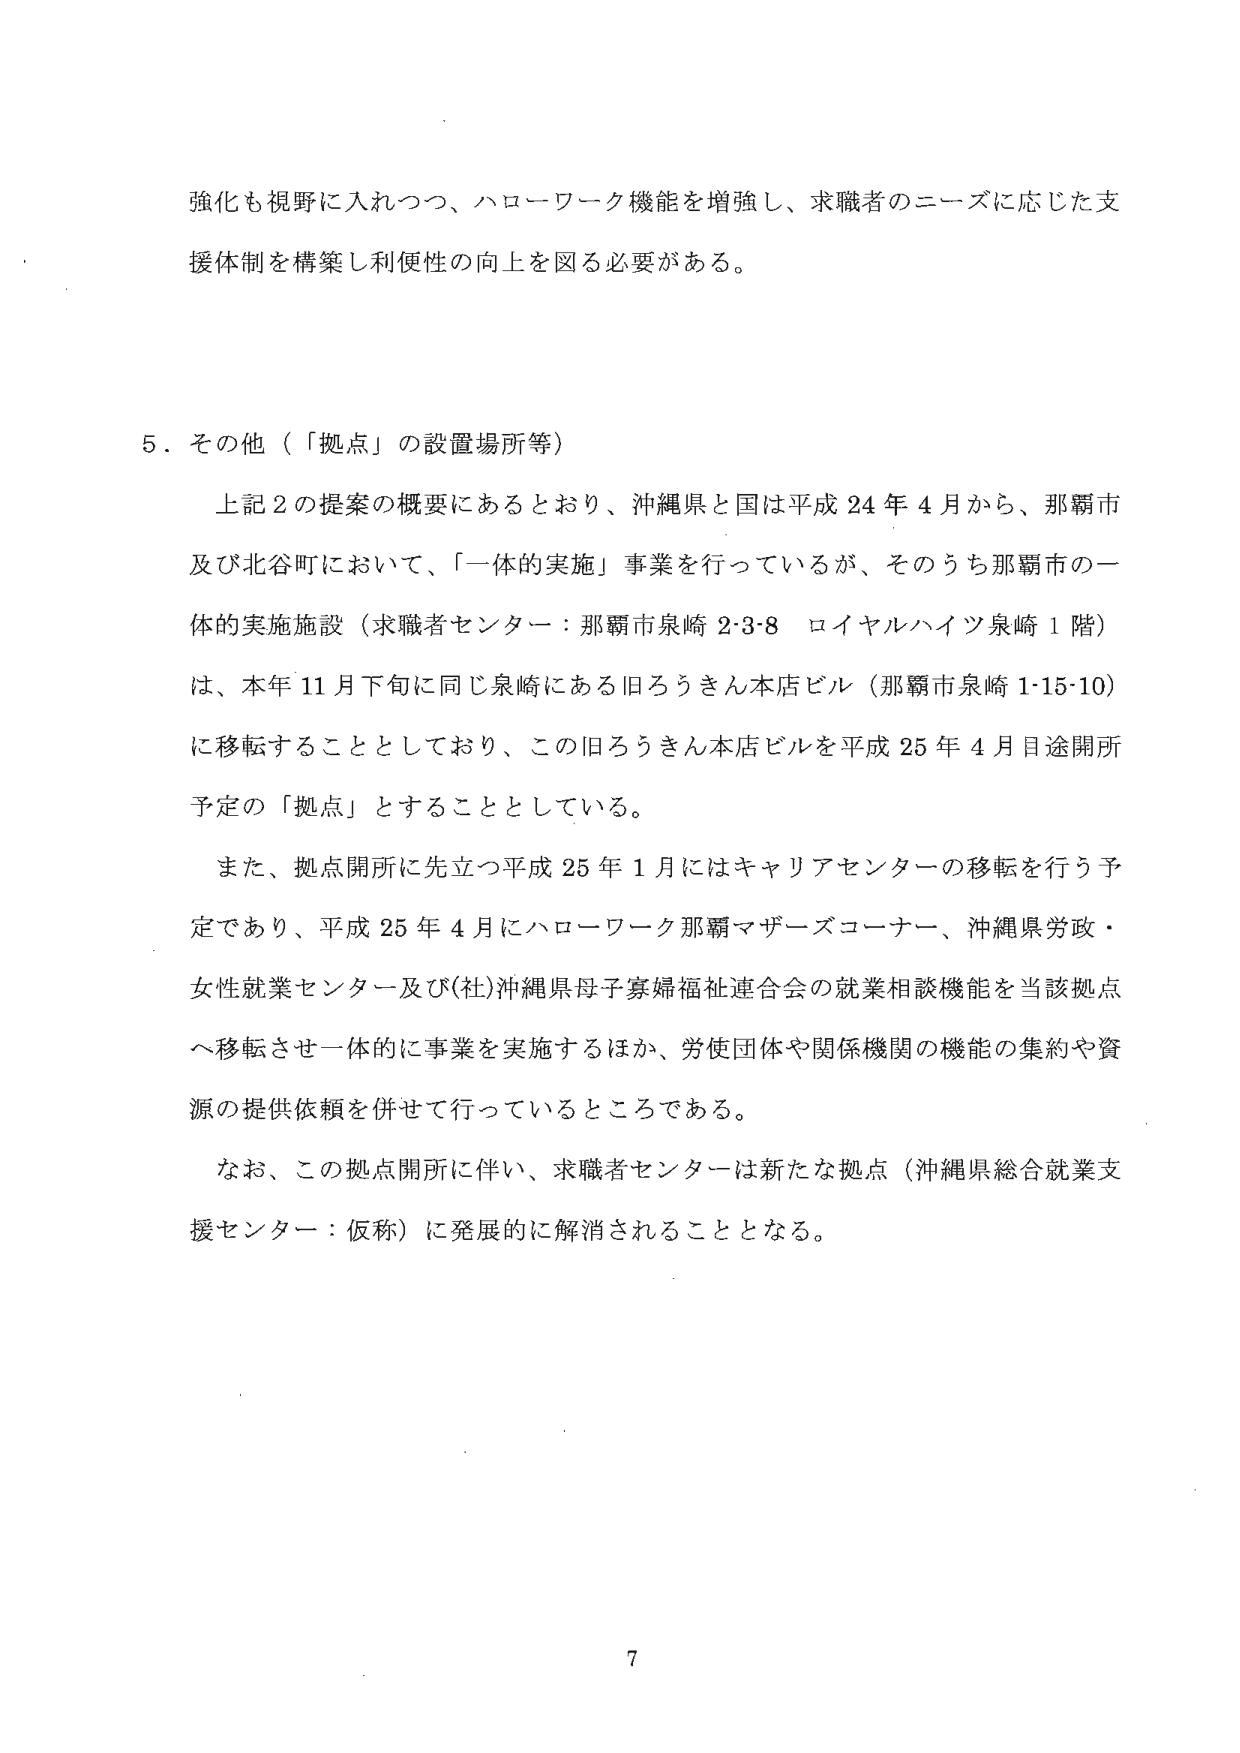
強化も視野に入れつつ、ハローワーク機能を増強し、求職者のニーズに応じた支援体制を構築し利便性の向上を図る必要がある。

５．その他（「拠点」の設置場所等）

上記２の提案の概要にあるとおり、沖縄県と国は平成24年４月から、那覇市及び北谷町において、「一体的実施」事業を行っているが、そのうち那覇市の一体的実施施設（求職者センター：那覇市泉崎2-3-8 ロイヤルハイツ泉崎1階）は、本年11月下旬に同じ泉崎にある旧ろうきん本店ビル（那覇市泉崎1-15-10）に移転することとしており、この旧ろうきん本店ビルを平成25年４月目途開所予定の「拠点」とすることとしている。

また、拠点開所に先立つ平成25年１月にはキャリアセンターの移転を行う予定であり、平成25年４月にハローワーク那覇マザーズコーナー、沖縄県労政・女性就業センター及び(社)沖縄県母子寡婦福祉連合会の就業相談機能を当該拠点へ移転させ一体的に事業を実施するほか、労使団体や関係機関の機能の集約や資源の提供依頼を併せて行っているところである。

なお、この拠点開所に伴い、求職者センターは新たな拠点（沖縄県総合就業支援センター：仮称）に発展的に解消されることとなる。

7